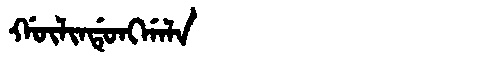
Manchu: ᡤᡡᠯᡳᠨᡩᡠᠩᡤᠠᠯᠠ
Romanization: GŪLINDUNGGALA